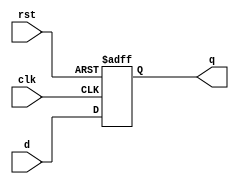
module dff_async_reset( d,clk,rst,q );
    output q;
    input d,clk,rst;
    reg q;
    always@(posedge clk or negedge rst)
        if(~rst)
            q<=1'b0;
        else
            q<=d;
endmodule